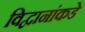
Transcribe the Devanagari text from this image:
विद्वानांकडे